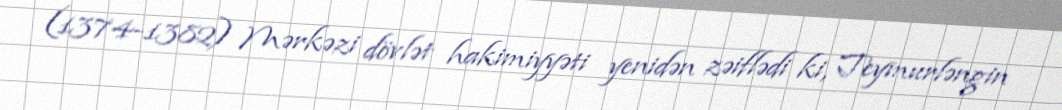
(1374-1382) Mərkəzi dövlət hakimiyyəti yenidən zəiflədi ki, Teymurləngin